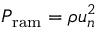
P _ { \mathrm { r a m } } = \rho u _ { n } ^ { 2 }